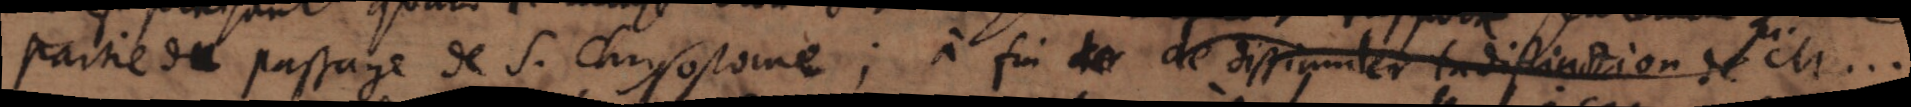
partie du passage de S. Chrysostome; à fin de de dissimuler la definition de M...